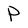
Character: P